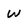
Character: W